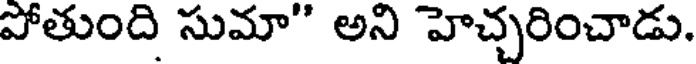
పోతుంది సుమా" అని హెచ్చరించాడు.